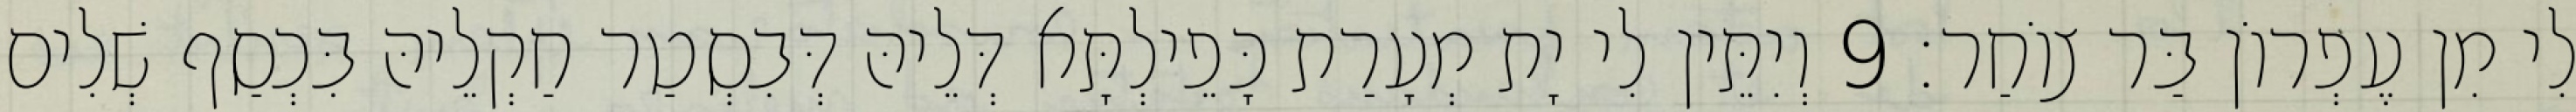
לִי מִן עֶפְרוֹן בַּר צוֹחַר׃ 9 וְיִתֵּין לִי יָת מְעָרַת כָּפֵילְתָּא דְּלֵיהּ דְּבִסְטַר חַקְלֵיהּ בִּכְסַף שְׁלִים